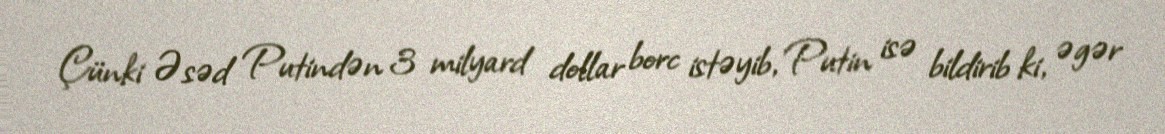
Çünki Əsəd Putindən 3 milyard dollar borc istəyib, Putin isə bildirib ki, əgər